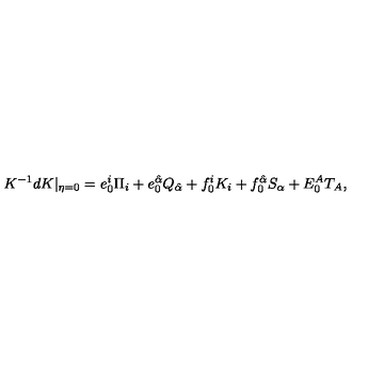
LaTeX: K ^ { - 1 } d K | _ { \eta = 0 } = e _ { 0 } ^ { i } \Pi _ { i } + e _ { 0 } ^ { \hat { \alpha } } Q _ { \hat { \alpha } } + f _ { 0 } ^ { i } K _ { i } + f _ { 0 } ^ { \hat { \alpha } } S _ { \alpha } + E _ { 0 } ^ { A } T _ { A } ,